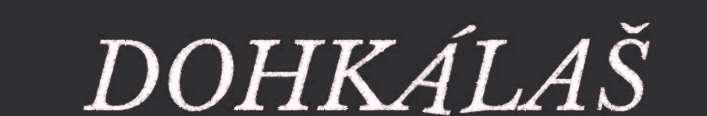
DOHKÁLAŠ